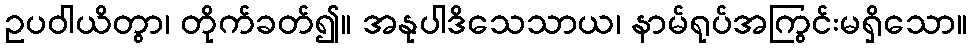
ဥပဝါယိတွာ၊ တိုက်ခတ်၍။ အနုပါဒိသေသာယ၊ နာမ်ရုပ်အကြွင်းမရှိသော။